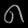
Digit: ၈